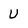
Character: U